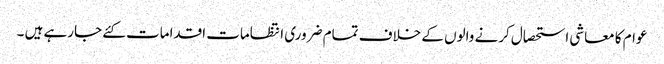
عوام کا معاشی استحصال کرنے والوں کے خلاف تمام ضروری انتظامات اقدامات کئے جارہے ہیں ۔